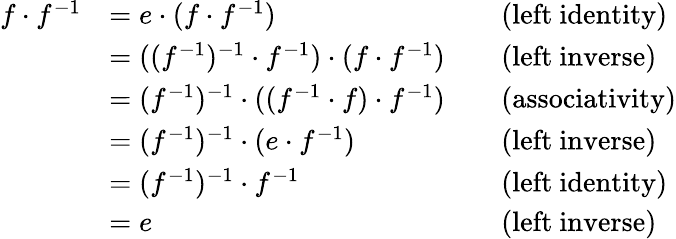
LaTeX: {\begin{array}{rlrl}{f\cdot f^{-1}}&{=e\cdot(f\cdot f^{-1})}&&{{\mathrm{(left~identity)}}}\\ &{=((f^{-1})^{-1}\cdot f^{-1})\cdot(f\cdot f^{-1})}&&{{\mathrm{(left~inverse)}}}\\ &{=(f^{-1})^{-1}\cdot((f^{-1}\cdot f)\cdot f^{-1})}&&{{\mathrm{(associativity)}}}\\ &{=(f^{-1})^{-1}\cdot(e\cdot f^{-1})}&&{{\mathrm{(left~inverse)}}}\\ &{=(f^{-1})^{-1}\cdot f^{-1}}&&{{\mathrm{(left~identity)}}}\\ &{=e}&&{{\mathrm{(left~inverse)}}}\end{array}}